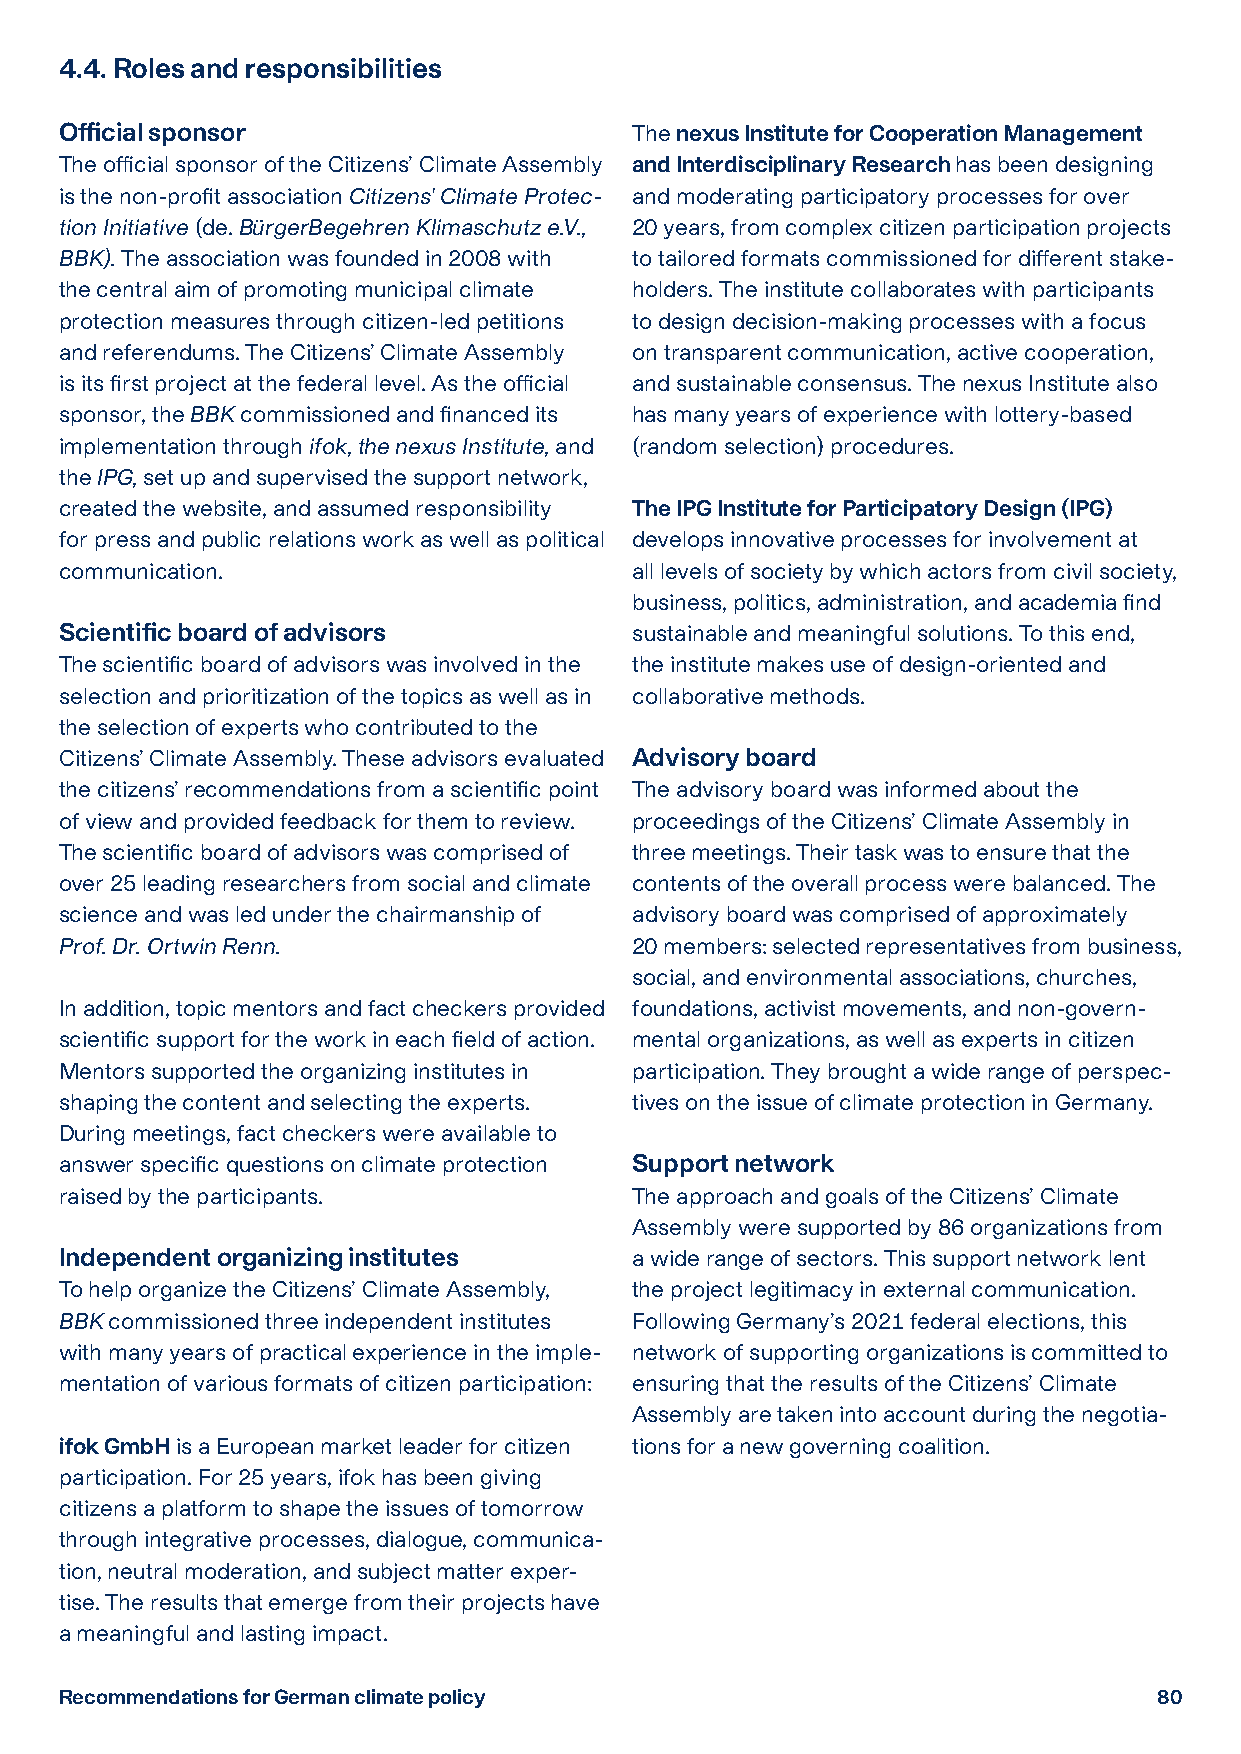
4.4. Roles and responsibilities
 Official sponsor                      The nexus Institute for Cooperation Management
 The official sponsor of the Citizens’ Climate Assembly and Interdisciplinary Research has been designing
 is the non-profit association Citizens' Climate Protec- and moderating participatory processes for over
 tion Initiative (de. BürgerBegehren Klimaschutz e.V., 20 years, from complex citizen participation projects
 BBK). The association was founded in 2008 with to tailored formats commissioned for different stake-
 the central aim of promoting municipal climate holders. The institute collaborates with participants
 protection measures through citizen-led petitions to design decision-making processes with a focus
 and referendums. The Citizens’ Climate Assembly on transparent communication, active cooperation,
 is its first project at the federal level. As the official and sustainable consensus. The nexus Institute also
 sponsor, the BBK commissioned and financed its has many years of experience with lottery-based
 implementation through ifok, the nexus Institute, and (random selection) procedures.
 the IPG, set up and supervised the support network,
 created the website, and assumed responsibility The IPG Institute for Participatory Design (IPG)
 for press and public relations work as well as political develops innovative processes for involvement at
 communication.                        all levels of society by which actors from civil society,
 business, politics, administration, and academia find
 Scientific board of advisors          sustainable and meaningful solutions. To this end,
 The scientific board of advisors was involved in the the institute makes use of design-oriented and
 selection and prioritization of the topics as well as in collaborative methods.
 the selection of experts who contributed to the
 Citizens’ Climate Assembly. These advisors evaluated Advisory board
 the citizens’ recommendations from a scientific point The advisory board was informed about the
 of view and provided feedback for them to review. proceedings of the Citizens’ Climate Assembly in
 The scientific board of advisors was comprised of three meetings. Their task was to ensure that the
 over 25 leading researchers from social and climate contents of the overall process were balanced. The
 science and was led under the chairmanship of advisory board was comprised of approximately
 Prof. Dr. Ortwin Renn.                20 members: selected representatives from business,
 social, and environmental associations, churches,
 In addition, topic mentors and fact checkers provided foundations, activist movements, and non-govern-
 scientific support for the work in each field of action. mental organizations, as well as experts in citizen
 Mentors supported the organizing institutes in participation. They brought a wide range of perspec-
 shaping the content and selecting the experts. tives on the issue of climate protection in Germany.
 During meetings, fact checkers were available to
 answer specific questions on climate protection Support network
 raised by the participants.           The approach and goals of the Citizens’ Climate
 Assembly were supported by 86 organizations from
 Independent organizing institutes     a wide range of sectors. This support network lent
 To help organize the Citizens’ Climate Assembly, the project legitimacy in external communication.
 BBK commissioned three independent institutes Following Germany’s 2021 federal elections, this
 with many years of practical experience in the imple- network of supporting organizations is committed to
 mentation of various formats of citizen participation: ensuring that the results of the Citizens’ Climate
 Assembly are taken into account during the negotia-
 ifok GmbH is a European market leader for citizen tions for a new governing coalition.
 participation. For 25 years, ifok has been giving
 citizens a platform to shape the issues of tomorrow
 through integrative processes, dialogue, communica-
 tion, neutral moderation, and subject matter exper-
 tise. The results that emerge from their projects have
 a meaningful and lasting impact.
 Recommendations for German climate policy                                80